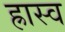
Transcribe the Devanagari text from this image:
ह्रास्व